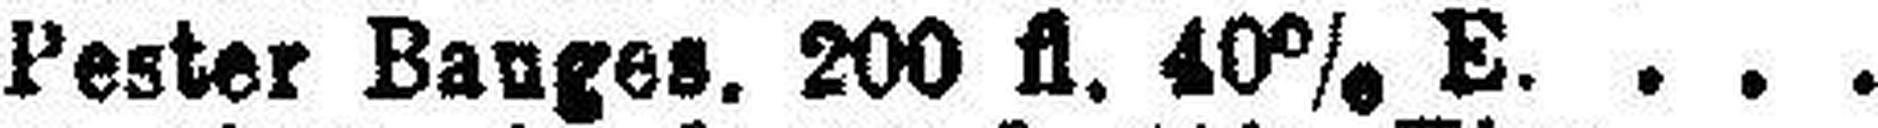
Pester Bauges. 200 fl. 40% E.